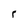
Character: r